Annual report of the Punjab Veterinary College and of the Civil Veterinary Department, Punjab - 1920-1925
Year: 1920
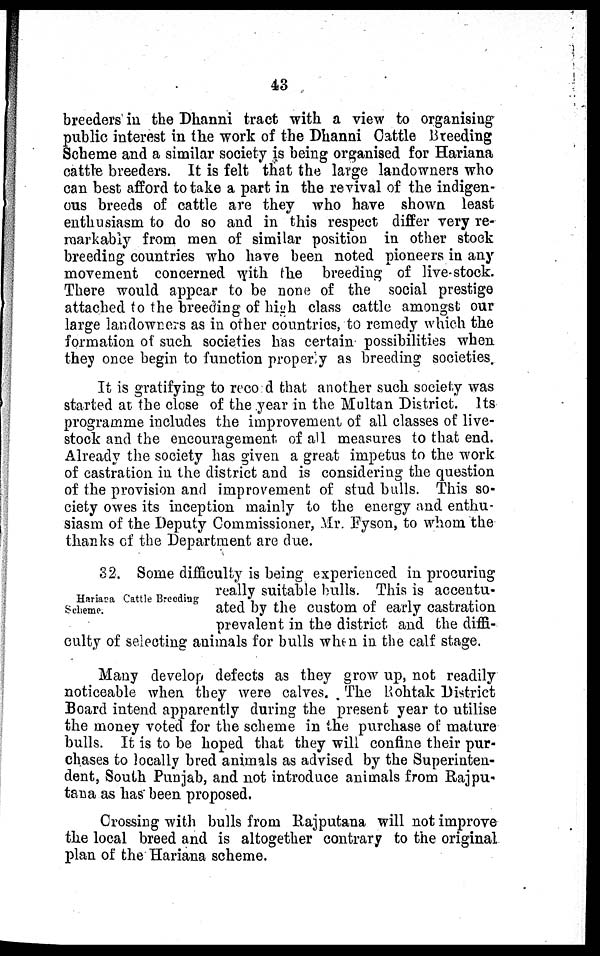
43
breeders in the Dhanni tract with a view to organising
public interest in the work of the Dhanni Cattle Breeding
Scheme and a similar society is being organised for Hariana
cattle breeders. It is felt that the large landowners who
can best afford to take a part in the revival of the indigen-
ous breeds of cattle are they who have shown least
enthusiasm to do so and in this respect differ very re-
markably from men of similar position in other stock
breeding countries who have been noted pioneers in any
movement concerned with the breeding of live stock.
There would appear to be none of the social prestige
attached to the breeding of high class cattle amongst our
large landowners as in other countries, to remedy which the
formation of such societies has certain possibilities when
they once begin to function properly as breeding societies.
It is gratifying to record that another such society was
started at the close of the year in the Multan District. Its
programme includes the improvement of all classes of live-
stock and the encouragement, of all measures to that end.
Already the society has given a great impetus to the work
of castration in the district and is considering the question
of the provision and improvement of stud bulls. This so-
ciety owes its inception mainly to the energy and enthu-
siasm of the Deputy Commissioner, Mr. Fyson, to whom the
thanks of the Department are due.
Hariana Cattle Brooding
Scheme.
82. Some difficulty is being experienced in procuring
really suitable bulls. This is accentu-
ated by the custom of early castration
prevalent in the district and the diffi-
culty of selecting animals for bulls when in the calf stage.
Many develop defects as they grow up, not readily
noticeable when they were calves. The Rohtak District
Board intend apparently during the present year to utilise
the money voted for the scheme in the purchase of mature
bulls. It is to be hoped that they will confine their pur-
chases to locally bred animals as advised by the Superinten-
dent, South Punjab, and not introduce animals from Rajpu-
tana as has been proposed.
Crossing with bulls from Rajputana will not improve
the local breed and is altogether contrary to the original
plan of the Hariana scheme.